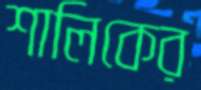
শালিকের